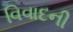
વિવાદની